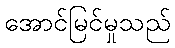
အောင်မြင်မှုသည်